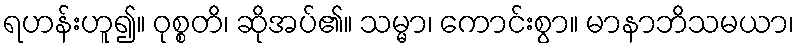
ရဟန်းဟူ၍။ ဝုစ္စတိ၊ ဆိုအပ်၏။ သမ္မာ၊ ကောင်းစွာ။ မာနာဘိသမယာ၊